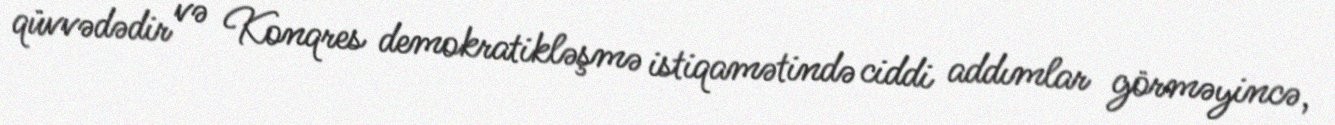
qüvvədədir və Konqres demokratikləşmə istiqamətində ciddi addımlar görməyincə,